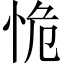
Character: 恑